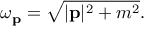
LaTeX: \omega _ { \mathbf { p } } = { \sqrt { | \mathbf { p } | ^ { 2 } + m ^ { 2 } } } .